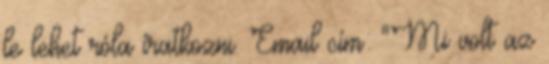
le lehet róla íratkozni. Email cím: "Mi volt az